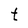
Character: t